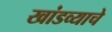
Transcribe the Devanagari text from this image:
खांडव्याचे